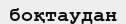
боқтаудан